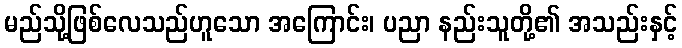
မည်သို့ဖြစ်လေသည်ဟူသော အကြောင်း၊ ပညာ နည်းသူတို့၏ အသည်းနှင့်